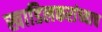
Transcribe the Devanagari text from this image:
खाडिलकरांच्याच